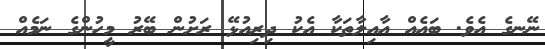
ނޭނގެ އެވެ. ބައެއް އާއިލާތަކާ އެކު ދިރިއުޅޭ ރަށުން ބޭރު މީހުންގެ ނަމެއް